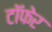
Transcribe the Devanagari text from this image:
टाॅफेर